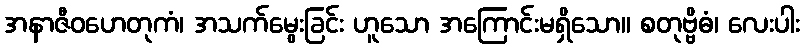
အနာဇီဝဟေတုကံ၊ အသက်မွေးခြင်း ဟူသော အကြောင်းမရှိသော။ စတုဗ္ဗိဓံ၊ လေးပါး